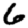
Digit: 6